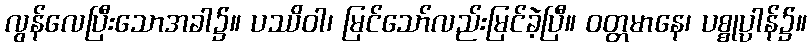
လွန်လေပြီးသောအခါ၌။ ပဿိဝါ၊ မြင်သော်လည်းမြင်ခဲ့ပြီ။ ဝတ္တမာနေ၊ ပစ္စုပ္ပာန်၌။